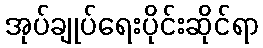
အုပ်ချုပ်ရေးပိုင်းဆိုင်ရာ